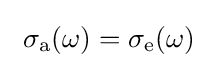
~\sigma _{\rm {a}}(\omega )=\sigma _{\rm {e}}(\omega )~